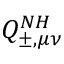
Q _ { \pm , \mu \nu } ^ { N H }